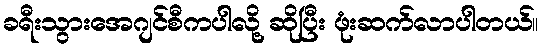
ခရီးသွားအေဂျင်စီကပါလို့ ဆိုပြီး ဖုံးဆက်လာပါတယ်။